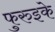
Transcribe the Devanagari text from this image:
फुरुइके